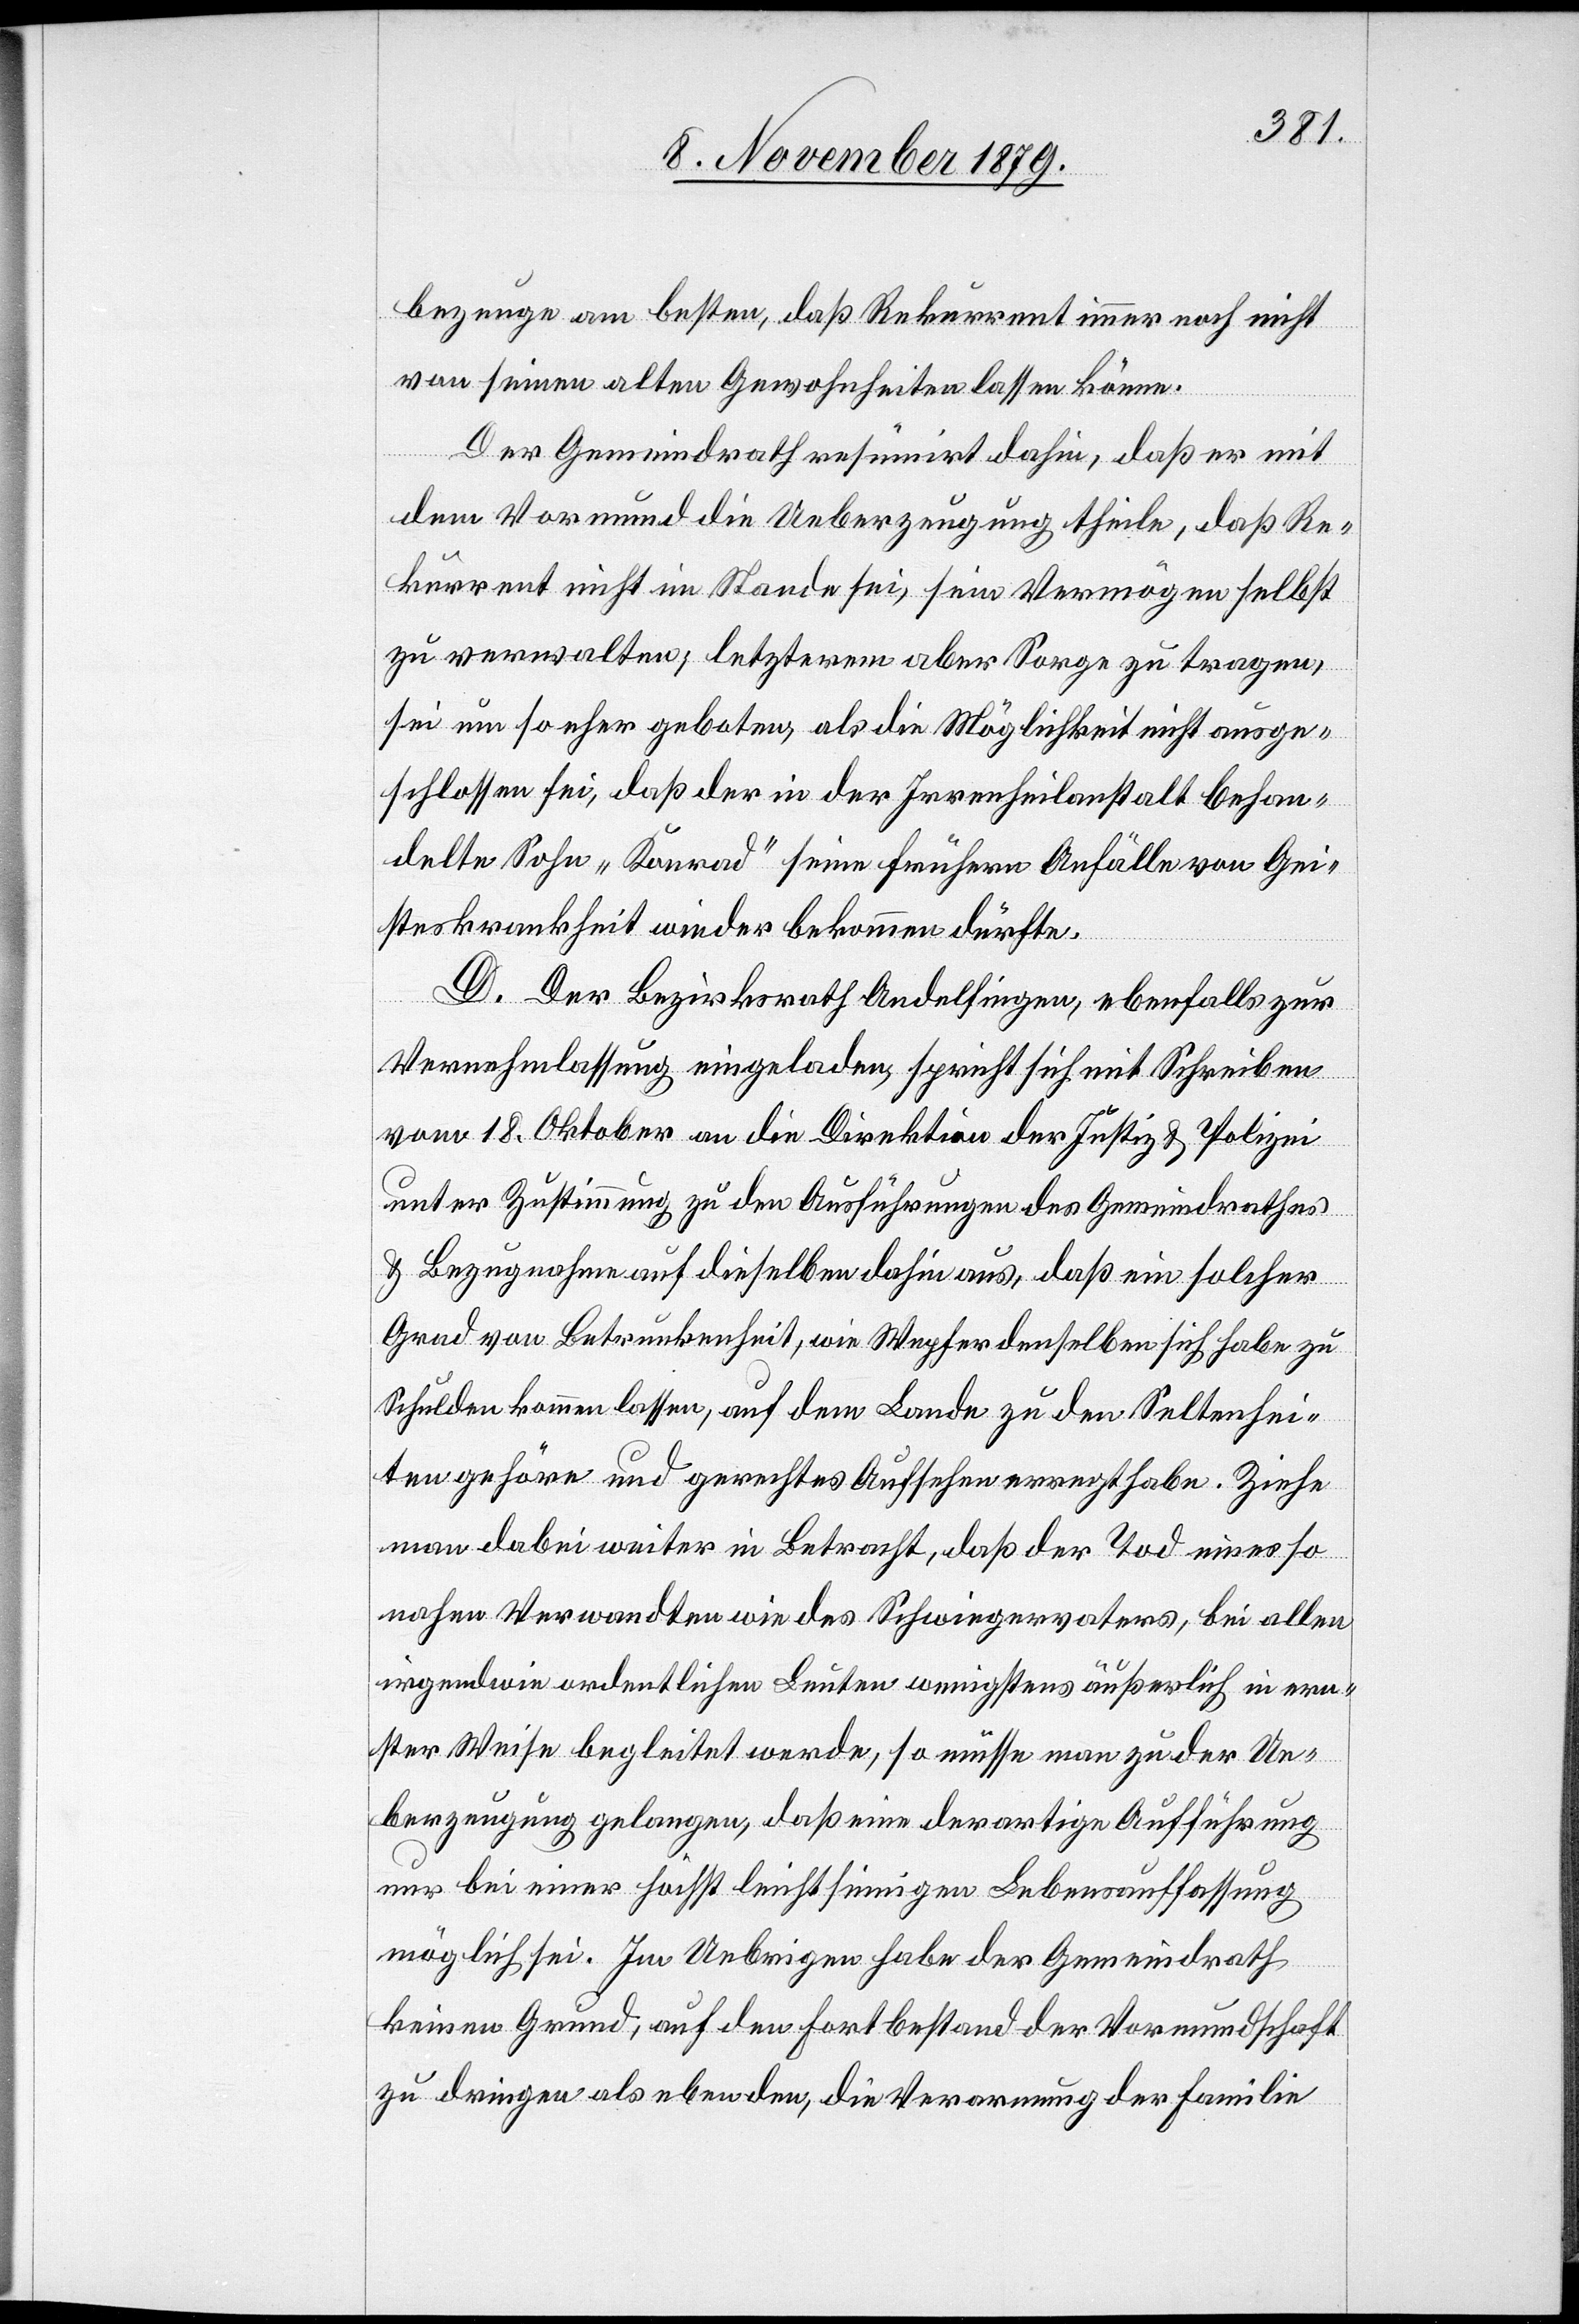
bezeuge am besten, daß Rekurrent immer noch nicht
von seinen alten Gewohnheiten lassen könne.
Der Gemeindrath resümirt dahin, daß er mit
dem Vormund die Ueberzeugung theile, daß Re¬
kurrent nicht im Stande sei, sein Vermögen selbst
zu verwalten, letzterem aber Sorge zu tragen,
sei um so eher geboten, als die Möglichkeit nicht ausge¬
schlossen sei, daß der in der Irrenheilanstalt behan¬
delte Sohn „Konrad“ seine frühern Anfälle von Gei¬
steskrankheit wieder bekommen dürfte.
D. Der Bezirksrath Andelfingen, ebenfalls zur
Vernehmlassung eingeladen, spricht sich mit Schreiben
vom 18. Oktober an die Direktion der Justiz & Polizei
unter Zustimmung zu den Ausführungen des Gemeindrathes
& Bezugnahme auf dieselben dahin aus, daß ein solcher
Grad von Betrunkenheit, wie Wepfer denselben sich habe zu
Schulden kommen lassen auf dem Lande zu den Seltenhei¬
ten gehöre und gerechtes Aufsehen erregt habe. Ziehe
man dabei weiter in Betracht, daß der Tod eines so
nahen Verwandten wie des Schwiegervaters, bei allen
irgendwie ordentlichen Leuten wenigstens äußerlich in ern¬
ster Weise begleitet werde, so müsse man zu der Ue¬
berzeugung gelangen, daß eine derartige Aufführung
nur bei einer höchst leichtsinnigen Lebensauffassung
möglich sei. Im Uebrigen habe der Gemeindrath
keinen Grund, auf den Fortbestand der Vormundschaft
zu dringen als eben den, die Verarmung der Familie